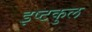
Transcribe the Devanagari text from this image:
इष्टकुल